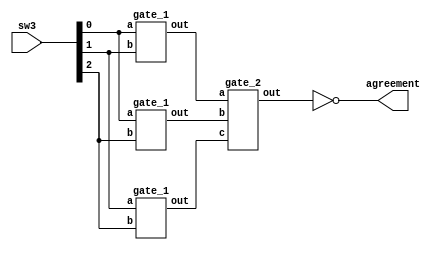
module three_to_vote(sw3, agreement);
input [2:0] sw3;
output reg agreement;
wire result;
wire w1, w2, w3;
always@(sw3) begin
	agreement=~result;
end

gate_1 u1(
	.a(sw3[0]),
	.b(sw3[1]),
	.out(w1));
gate_1 u2(
	.a(sw3[0]),
	.b(sw3[2]),
	.out(w2));
gate_1 u3(
	.a(sw3[1]),
	.b(sw3[2]),
	.out(w3));
gate_2 u4(
	.a(w1),
	.b(w2),
	.c(w3),
	.out(result));
endmodule

module NAND2(a ,b , out);
input a;
input b;
output reg out;

always @(a or b) begin
	if ({a,b}==2'b11) begin
		out=1'b0;
		
	end
	else begin
		out=1'b1;
	end
end

endmodule

module gate_1(out,a,b);
input a,b;
output out;
assign out=~(a&b);
endmodule 

module gate_2(out,a,b,c);
input a,b,c;
output out;
assign out=~(a&b&c);
endmodule 

module NAND3(a ,b ,c , out);
input a;
input b;
input c;
output reg out;

always @(a or b or c) begin
	if ({a ,b ,c}==3'b111) begin
		out=1'b0;
		
	end
	else begin
		out=1'b1;
	end
end

endmodule